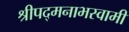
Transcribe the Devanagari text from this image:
श्रीपद्मनाभस्वामी